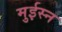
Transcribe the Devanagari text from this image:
मुईस्न